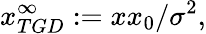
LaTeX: x_{TGD}^{\infty}:=xx_{0}/\sigma^{2},